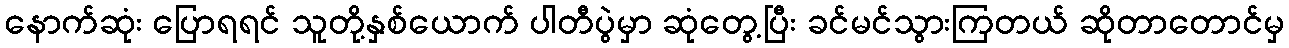
နောက်ဆုံး ပြောရရင် သူတို့နှစ်ယောက် ပါတီပွဲမှာ ဆုံတွေ့ပြီး ခင်မင်သွားကြတယ် ဆိုတာတောင်မှ